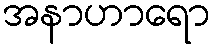
အနာဟာရော